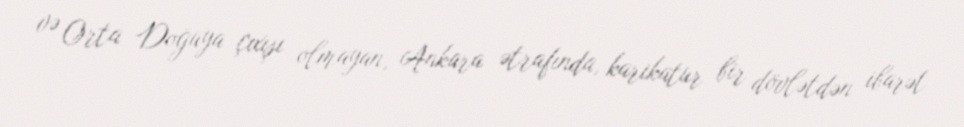
və Orta Doğuya çıxışı olmayan, Ankara ətrafında, karikatur bir dövlətdən ibarət